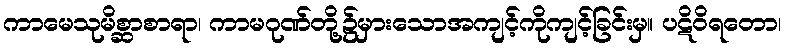
ကာမေသုမိစ္ဆာစာရာ၊ ကာမဂုဏ်တို့၌မှားသောအကျင့်ကိုကျင့်ခြင်းမှ။ ပဋိဝိရတော၊